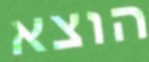
הוצא